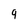
Character: 9